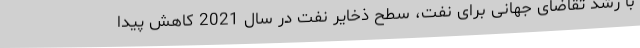
با رشد تقاضای جهانی برای نفت، سطح ذخایر نفت در سال 2021 کاهش پیدا